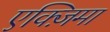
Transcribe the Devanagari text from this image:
एक्ज़िमा